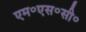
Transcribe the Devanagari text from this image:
एम॰एस॰सी॰